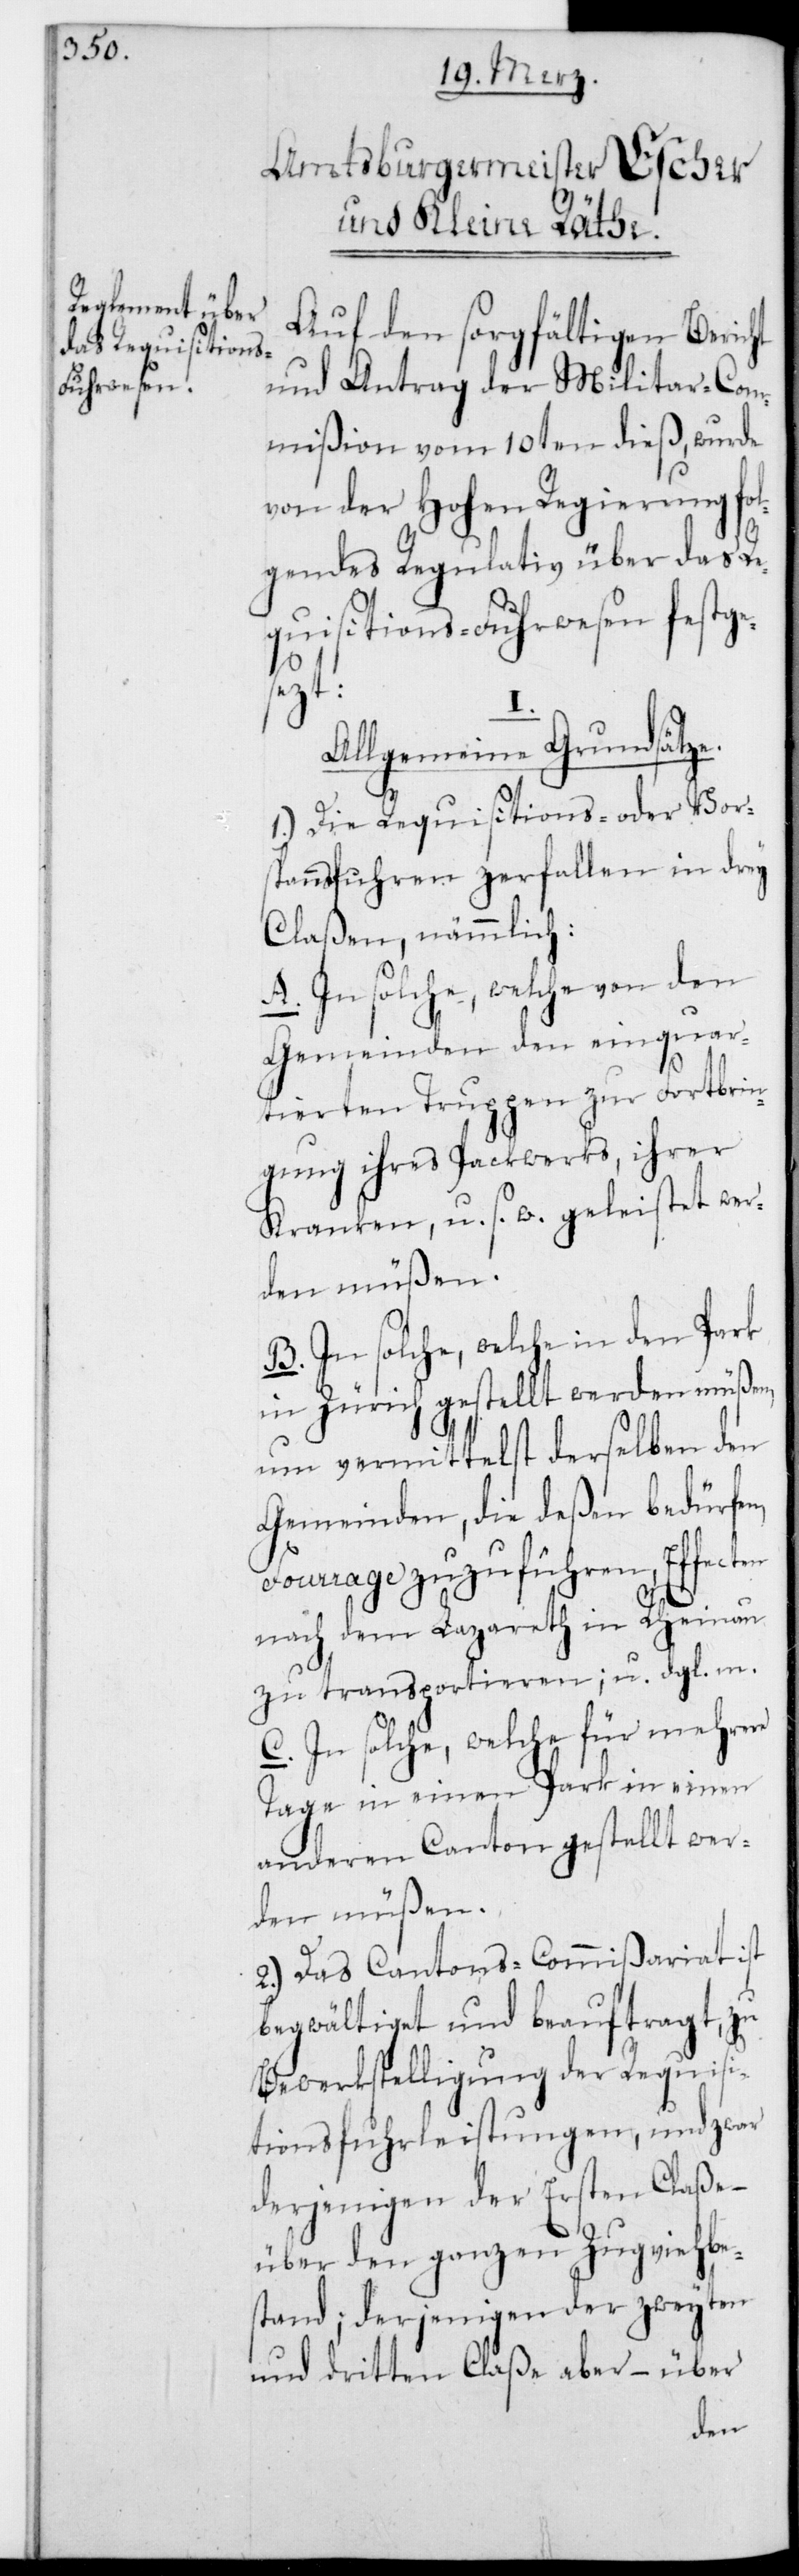
Auf den sorgfältigen Bericht
und Antrag der Militar-Com¬
mißion vom 10ten dieß, wurde
von der Hohen Regierung fo¬
lgendes Regulativ über das Re¬
quisitions-Fuhrwesen festge¬
mehr.
Allgemeine Grundsätze.
1.) Die Requisitions- oder Vor¬
spannsfuhren zerfallen in drey
Claßen, nämmlich
A. In solche, welche von den
Gemeinden den einquar¬
tierten Truppen zur Fortbrin¬
gung ihres Packwerks, ihrer
Kranken u. s. w. geleistet wer¬
den müßen.
B. In solche, welche in den Park
in Zürich gestellt werden müßen,
um vermittelst derselben den
Gemeinden, die deßen bedürfen,
Fourrage zuzuführen, Effecten
nach dem Lazareth in Rheinau
zu transportieren und dergleichen
C. In solche, welche für mehrere
Tage in einen Park in einen
anderen Canton gestellt wer¬
den müßen.
2.) Das Cantons-Commißariat ist
begwältiget und beauftragt, zu
Bewerkstelligung der Requisi¬
tionsfuhrleistungen, und zwar
derjenigen der Ersten Claße,
über den ganzen Zugviehbe¬
stand; derjenigen der zweyten
und dritten Claße aber, – über